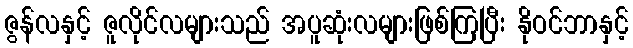
ဇွန်လနှင့် ဇူလိုင်လများသည် အပူဆုံးလများဖြစ်ကြပြီး နိုဝင်ဘာနှင့်